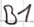
Text: B1